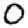
Digit: 0